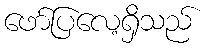
ဖော်ပြလေ့ရှိသည်